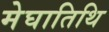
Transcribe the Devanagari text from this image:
मेघातिथि